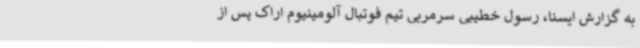
به گزارش ایسنا، رسول خطیبی سرمربی تیم فوتبال آلومینیوم اراک پس از